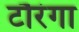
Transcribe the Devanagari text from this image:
टौरंगा